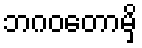
ဘဂဝတောမှိ